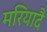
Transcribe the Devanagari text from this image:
मरियादै